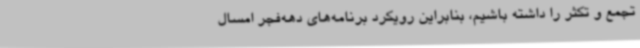
تجمع و تکثر را داشته باشیم، بنابراین رویکرد برنامه‌های دهه‌فجر امسال